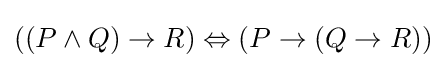
((P\land Q)\to R)\Leftrightarrow (P\to (Q\to R))